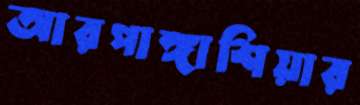
আরপাঙ্গাশিয়ার